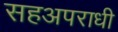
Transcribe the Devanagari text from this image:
सहअपराधी